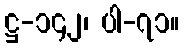
ဋ္ဌ-၁၄၂၊ ပါ-၇၁။